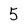
Character: 5